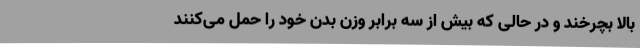
بالا بچرخند و در حالی که بیش از سه برابر وزن بدن خود را حمل می‌کنند